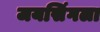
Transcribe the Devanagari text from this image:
जयसिंगला